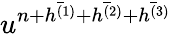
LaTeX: u^{n+\bar{h^{(1)}}+\bar{h^{(2)}}+\bar{h^{(3)}}}